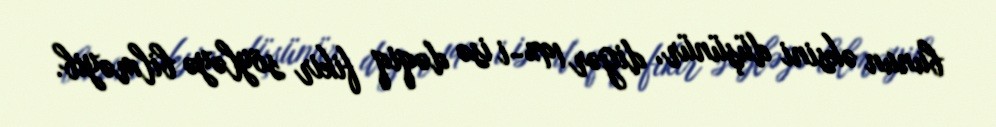
bunun əksini düşünür, digər 19%-i isə dəqiq fikir söyləyə bilməyib.